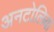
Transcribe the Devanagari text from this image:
अनटोलिया